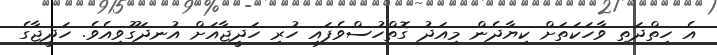
އެ ހިތްދަތި ވާހަކަތަށް ކިޔާދެން މިއަދު ގޮތްހުސްވެފައި ހުރި ހަދީޖާއަށް އުނދަގޫވިއެވެ. ހަދީޖާގެ